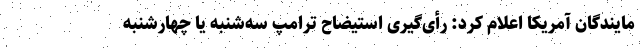
مایندگان آمریکا اعلام کرد: رأی‌گیری استیضاح ترامپ سه‌شنبه یا چهارشنبه